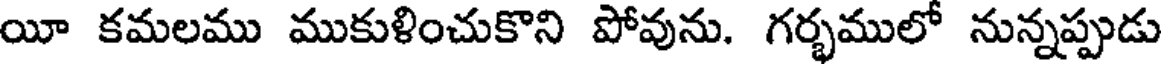
యీ కమలము ముకుళించుకొని పోవును. గర్భములో నున్నప్పుడు